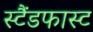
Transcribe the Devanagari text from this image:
स्टैंडफास्ट